Document type: Emphyteutic lease
Year: 1333
Scribe: Berenguer Simó
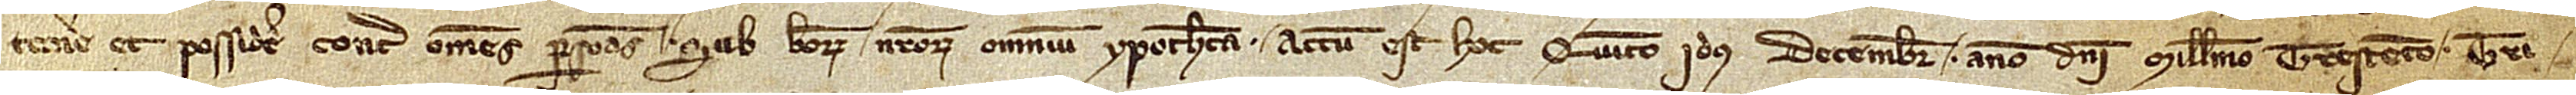
tenere et possidere contra omnes personas, sub bonorum nostrorum omnium ypotheca. Actum est hoc quinto idus decembris, anno Domini millesimo trescentesimo tri-